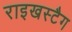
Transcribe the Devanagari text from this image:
राइखस्टैग